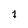
Character: 1